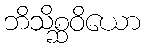
ဘိသိစ္ဆဝိယော